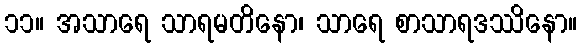
၁၁။ အသာရေ သာရမတိနော၊ သာရေ စာသာရဒဿိနော။